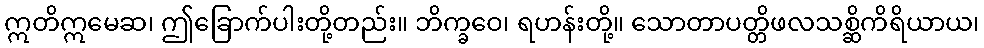
ဣတိဣမေဆ၊ ဤခြောက်ပါးတို့တည်း။ ဘိက္ခဝေ၊ ရဟန်းတို့။ သောတာပတ္တိဖလသစ္ဆိကိရိယာယ၊